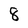
Character: 8